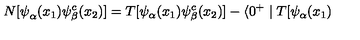
N [ { \bf \psi } _ { \alpha } ( x _ { 1 } ) { \bf \psi } _ { \beta } ^ { c } ( x _ { 2 } ) ] = T [ { \bf \psi } _ { \alpha } ( x _ { 1 } ) { \bf \psi } _ { \beta } ^ { c } ( x _ { 2 } ) ] - \langle 0 ^ { + } \mid T [ { \bf \psi } _ { \alpha } ( x _ { 1 } )